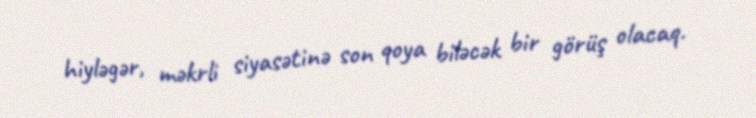
hiyləgər, məkrli siyasətinə son qoya biləcək bir görüş olacaq.